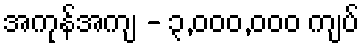
အကုန်အကျ - ၃,၀၀၀,၀၀၀ ကျပ်